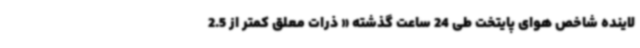
لاینده شاخص هوای پایتخت طی 24 ساعت گذشته « ذرات معلق کمتر از 2.5